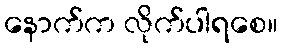
နောက်က လိုက်ပါရစေ။